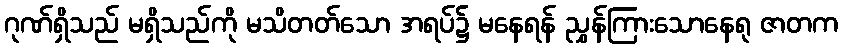
ဂုဏ်ရှိသည် မရှိသည်ကို မသိတတ်သော အရပ်၌ မနေရန် ညွှန်ကြားသောနေရု ဇာတက